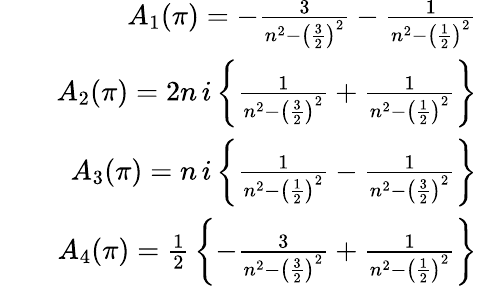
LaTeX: \begin{array}{rlr}&{}&{A_{1}(\pi)=-{\frac{3}{n^{2}-\left({\frac{3}{2}}\right)^{2}}}-{\frac{1}{n^{2}-\left({\frac{1}{2}}\right)^{2}}}}\\ &{}&{A_{2}(\pi)=2n\, i\left\{ {\frac{1}{n^{2}-\left({\frac{3}{2}}\right)^{2}}}+{\frac{1}{n^{2}-\left({\frac{1}{2}}\right)^{2}}}\right\} }\\ &{}&{A_{3}(\pi)=n\, i\left\{ {\frac{1}{n^{2}-\left({\frac{1}{2}}\right)^{2}}}-{\frac{1}{n^{2}-\left({\frac{3}{2}}\right)^{2}}}\right\} }\\ &{}&{A_{4}(\pi)={\frac{1}{2}}\left\{ -{\frac{3}{n^{2}-\left({\frac{3}{2}}\right)^{2}}}+{\frac{1}{n^{2}-\left({\frac{1}{2}}\right)^{2}}}\right\} }\end{array}